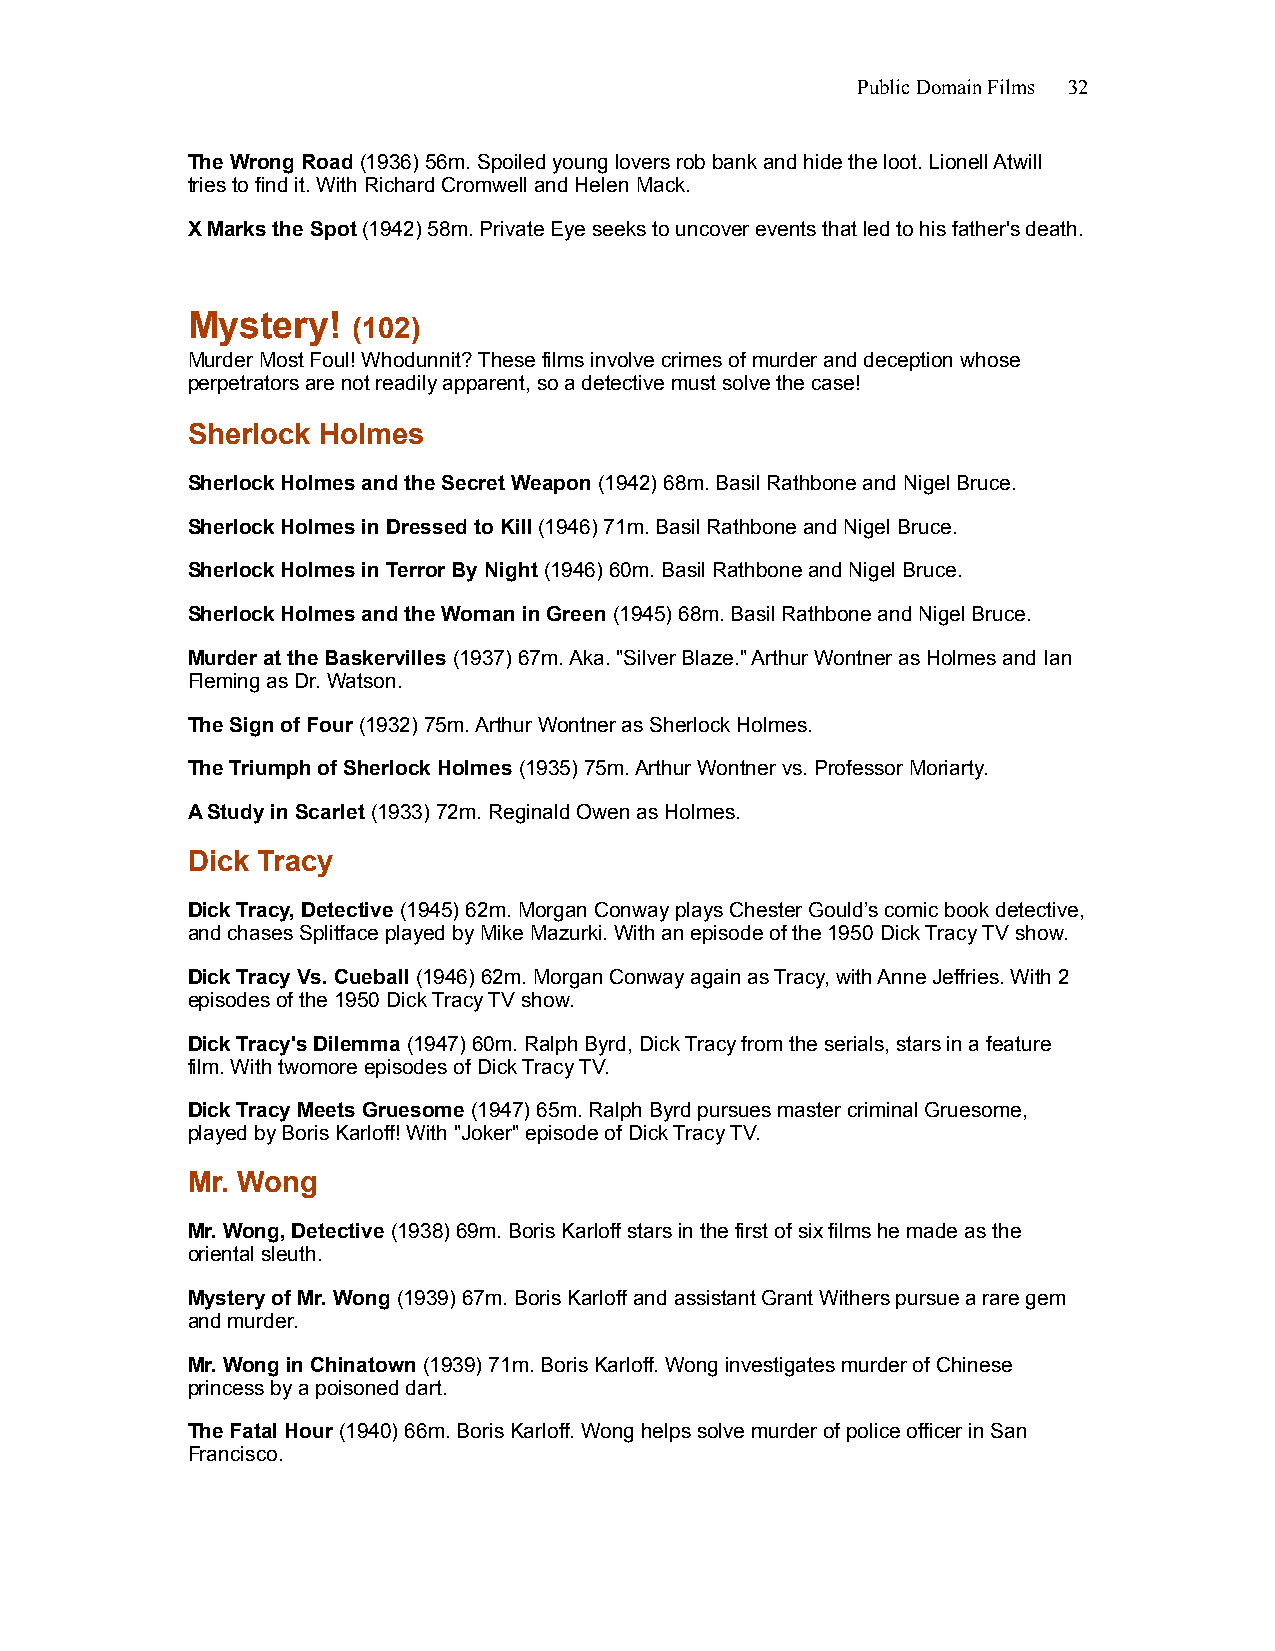
Public Domain Films 32
 The Wrong Road (1936) 56m. Spoiled young lovers rob bank and hide the loot. Lionell Atwill
 tries to find it. With Richard Cromwell and Helen Mack.
 X Marks the Spot (1942) 58m. Private Eye seeks to uncover events that led to his father's death.
 Mystery!
 (102)
 Murder Most Foul! Whodunnit? These films involve crimes of murder and deception whose
 perpetrators are not readily apparent, so a detective must solve the case!
 Sherlock Holmes
 Sherlock Holmes and the Secret Weapon (1942) 68m. Basil Rathbone and Nigel Bruce.
 Sherlock Holmes in Dressed to Kill (1946) 71m. Basil Rathbone and Nigel Bruce.
 Sherlock Holmes in Terror By Night (1946) 60m. Basil Rathbone and Nigel Bruce.
 Sherlock Holmes and the Woman in Green (1945) 68m. Basil Rathbone and Nigel Bruce.
 Murder at the Baskervilles (1937) 67m. Aka. "Silver Blaze." Arthur Wontner as Holmes and Ian
 Fleming as Dr. Watson.
 The Sign of Four (1932) 75m. Arthur Wontner as Sherlock Holmes.
 The Triumph of Sherlock Holmes (1935) 75m. Arthur Wontner vs. Professor Moriarty.
 A Study in Scarlet (1933) 72m. Reginald Owen as Holmes.
 Dick Tracy
 Dick Tracy, Detective (1945) 62m. Morgan Conway plays Chester Gould’s comic book detective,
 and chases Splitface played by Mike Mazurki. With an episode of the 1950 Dick Tracy TV show.
 Dick Tracy Vs. Cueball (1946) 62m. Morgan Conway again as Tracy, with Anne Jeffries. With 2
 episodes of the 1950 Dick Tracy TV show.
 Dick Tracy's Dilemma (1947) 60m. Ralph Byrd, Dick Tracy from the serials, stars in a feature
 film. With twomore episodes of Dick Tracy TV.
 Dick Tracy Meets Gruesome (1947) 65m. Ralph Byrd pursues master criminal Gruesome,
 played by Boris Karloff! With "Joker" episode of Dick Tracy TV.
 Mr. Wong
 Mr. Wong, Detective (1938) 69m. Boris Karloff stars in the first of six films he made as the
 oriental sleuth.
 Mystery of Mr. Wong (1939) 67m. Boris Karloff and assistant Grant Withers pursue a rare gem
 and murder.
 Mr. Wong in Chinatown (1939) 71m. Boris Karloff. Wong investigates murder of Chinese
 princess by a poisoned dart.
 The Fatal Hour (1940) 66m. Boris Karloff. Wong helps solve murder of police officer in San
 Francisco.